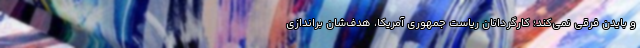
و بایدن فرقی نمی‌کند؛ کارگردانان ریاست جمهوری آمریکا، هدف‌شان براندازی